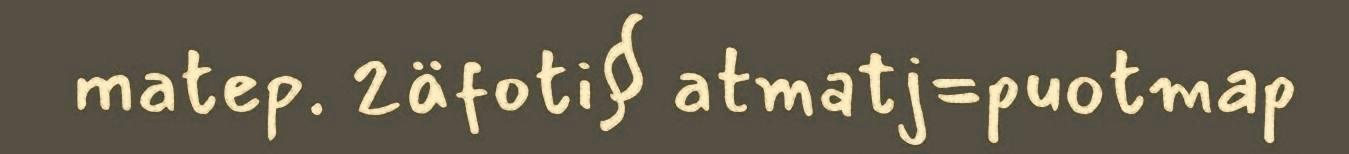
matep. 2äfoti§ atmatj=puotmap